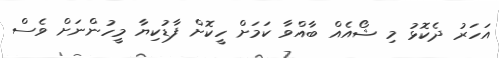
އަހަރު ދެކޮޅު މި ޝޯއެއް ބާއްވާ ކަމަށް ހީކޮށް ފާޑުކިޔާ މީހުންނަށް ވެސް